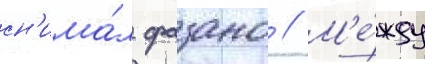
сн'има́л фазано // М'е́жду